Annual report of the Imperial Bacteriologist
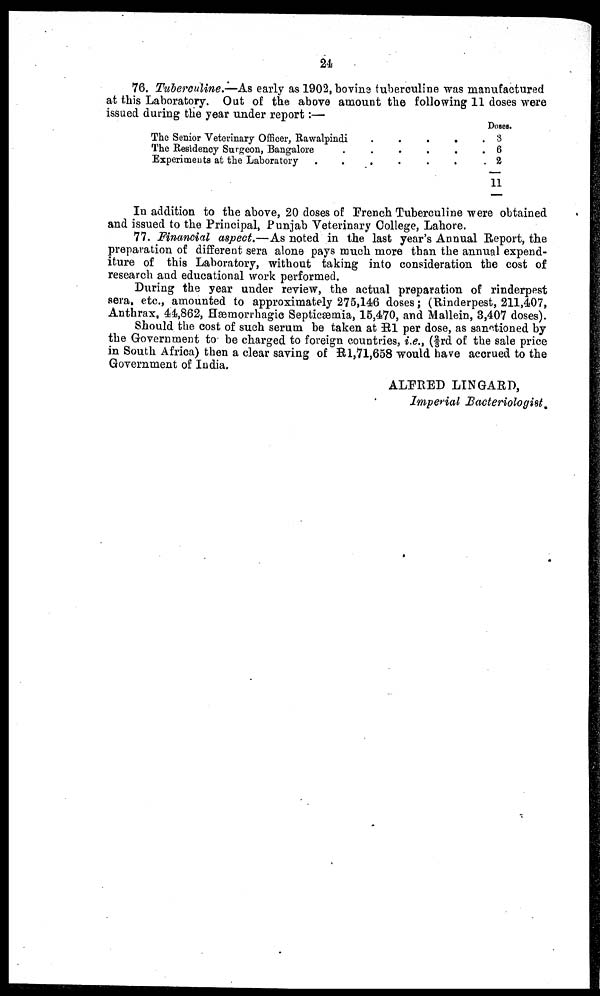
24
76. Tuberculine—As early as 1902, bovine tuberouline was manufactured
at this Laboratory. Out of the above amount the following 11 doses were
issued during the year under report:—
The Senior Veterinary Officer, Rawalpindi
The Residency Surgeon, Bangalore
Experiments at the Laboratory
.
.
.
.
.
.
.
.
.
.
.
.
.
.
.
Doses.
8
6
2
11
In addition to the above, 20 doses of French Tuberculine were obtained
and issued to the Principal, Punjab Veterinary College, Lahore.
77. Financial aspect.—As noted in the last year's Annual Report, the
preparation of different sera alone pays much more than the annual expend-
iture of this Laboratory, without taking into consideration the cost of
research and educational work performed.
During the year under review, the actual preparation of rinderpest
sera. etc., amounted to approximately 275,146 doses; (Rinderpest, 211,407,
Anthrax. 44,862, Hæmorrhagic Septicæmia, 15,470, and Mallein, 3,407 doses).
Should the cost of such serum be taken at R1 per dose, as sanctioned by
the Government to be charged to foreign countries, i.e., (2/3rd of the sale price
in South Africa) then a clear saving of R 1,71,658 would have accrued to the
Government of India.
ALFRED LINGARD,
Imperial Bacteriologist.